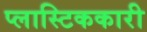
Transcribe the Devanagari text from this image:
प्लास्टिककारी